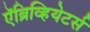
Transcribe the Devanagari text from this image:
ऍब्रिव्हियेटर्स